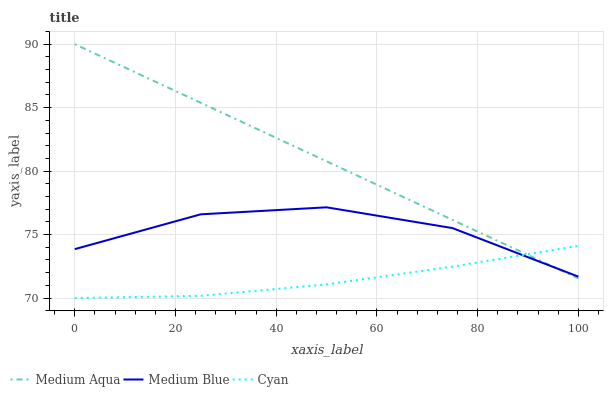
| xaxis_label | Medium Aqua | Medium Blue | Cyan |
 | --- | --- | --- | --- |
 | 0 | 90 | 73.9 | 70 |
 | 25 | 85.4 | 76.6 | 70.2 |
 | 50 | 80.8 | 77.1 | 71.1 |
 | 75 | 76.2 | 75.5 | 72.5 |
 | 100 | 71.5 | 71.7 | 74.1 |